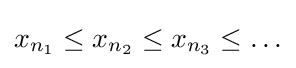
x_{n_{1}}\leq x_{n_{2}}\leq x_{n_{3}}\leq \ldots